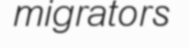
migrators